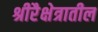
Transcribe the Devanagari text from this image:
श्रीरैक्षेत्रातील